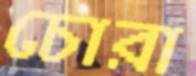
চোরা